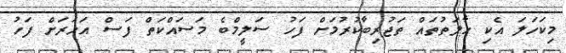
މިކަހަލަ އެކި ހާލަތުތައް ތަޖުރިބާކުރުމަށް ފަހު ސަލީމްބެ މަސައްކަތް ފަސް އަހަރަށް ފަހު